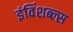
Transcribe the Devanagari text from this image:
इंविंशब्ल्स